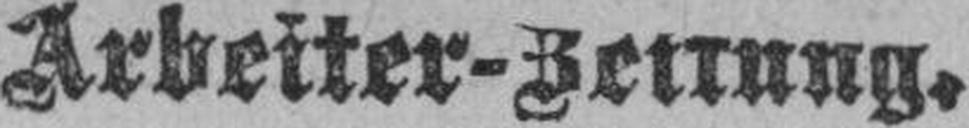
Arbeiter-Zeitung.